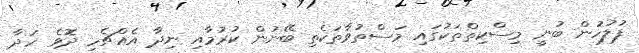
ފުލުހުން ބުނީ މިސްކިތްތަކުގައި މަސްތުވާތަކެތި ބޭނުން ކުރުމާއި ނިދާ އެއްޗެހި ދޮވެ ހަދާ